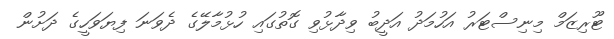
ޓޫރިޒަމް މިނިސްޓަރު އަހުމަދު އަދީބު ވިދާޅުވި ގޮތުގައި ހުޅުމާލޭގެ ދެވަނަ ފިޔަވަހީގެ ދަށުން